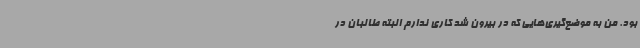
بود. من به موضع‌گیری‌هایی که در بیرون شد کاری ندارم البته طالبان در